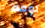
لومه